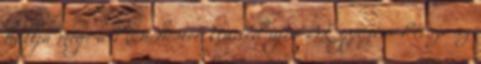
hallja meg: a Manchester United újra BL-győztes Persze az